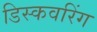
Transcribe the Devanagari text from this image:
डिस्कवरिंग